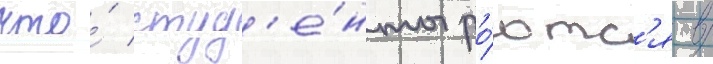
что́ студ'е́нты ро́ютс'я в